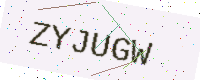
Text: ZYJUGW